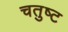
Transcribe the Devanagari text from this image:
चतुष्‍ट